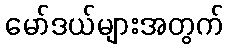
မော်ဒယ်များအတွက်